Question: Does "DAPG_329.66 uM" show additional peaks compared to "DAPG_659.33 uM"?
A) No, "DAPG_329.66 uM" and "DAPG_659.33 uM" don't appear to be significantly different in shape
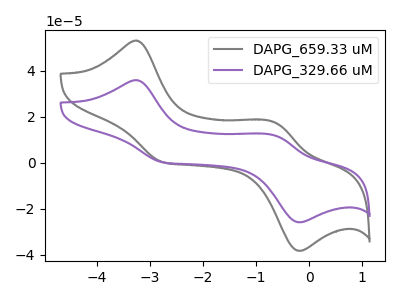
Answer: <think>The gray curve "DAPG_659.33 uM" has anodic peaks at (-3.25V, 53.05uA) (-0.65V, 17.45uA) and cathodic peaks at (-2.75V, 0.25uA) (-0.20V, -38.30uA). The purple curve "DAPG_329.66 uM" has anodic peaks at (-3.25V, 35.85uA) (-0.65V, 11.80uA) and cathodic peaks at (-2.75V, 0.15uA) (-0.20V, -25.90uA).
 All the peaks in "DAPG_329.66 uM" have a peak in "DAPG_659.33 uM" at the same potential.</think>
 <answer>A) No, "DAPG_329.66 uM" and "DAPG_659.33 uM" don't appear to be significantly different in shape</answer>
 <eval>A</eval>